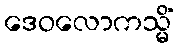
ဒေဝလောကသ္မိံ